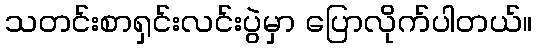
သတင်းစာရှင်းလင်းပွဲမှာ ပြောလိုက်ပါတယ်။